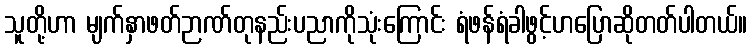
သူတို့ဟာ မျက်နှာဖတ်ဉာဏ်တုနည်းပညာကိုသုံးကြောင်း ရံဖန်ရံခါဖွင့်ဟပြောဆိုတတ်ပါတယ်။